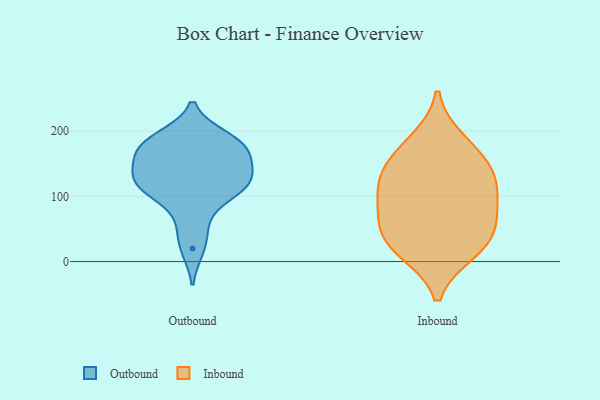
{"axis": {"x": "Waste Production (Tons)", "y": "Value"}, "legend": ["Inbound", "Outbound"], "data": [{"x": "", "y": 121, "type": "Outbound"}, {"x": "", "y": 183, "type": "Outbound"}, {"x": "", "y": 20, "type": "Outbound"}, {"x": "", "y": 160, "type": "Outbound"}, {"x": "", "y": 122, "type": "Outbound"}, {"x": "", "y": 141, "type": "Outbound"}, {"x": "", "y": 117, "type": "Outbound"}, {"x": "", "y": 51, "type": "Outbound"}, {"x": "", "y": 189, "type": "Outbound"}, {"x": "", "y": 177, "type": "Outbound"}, {"x": "", "y": 94, "type": "Outbound"}, {"x": "", "y": 169, "type": "Outbound"}, {"x": "", "y": 127, "type": "Outbound"}, {"x": "", "y": 114, "type": "Outbound"}, {"x": "", "y": 179, "type": "Outbound"}, {"x": "", "y": 109, "type": "Inbound"}, {"x": "", "y": 184, "type": "Inbound"}, {"x": "", "y": 17, "type": "Inbound"}, {"x": "", "y": 27, "type": "Inbound"}, {"x": "", "y": 64, "type": "Inbound"}, {"x": "", "y": 143, "type": "Inbound"}, {"x": "", "y": 37, "type": "Inbound"}, {"x": "", "y": 82, "type": "Inbound"}, {"x": "", "y": 154, "type": "Inbound"}, {"x": "", "y": 116, "type": "Inbound"}]}